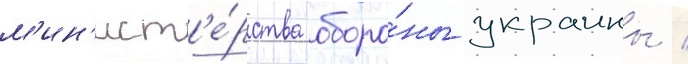
м'ин'ист'е́рства оборо́ны украины /